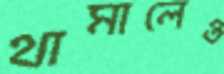
থামালেও